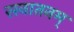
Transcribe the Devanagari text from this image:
सनातनम्